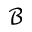
\mathcal { B }